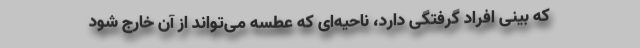
که بینی افراد گرفتگی دارد، ناحیه‌ای که عطسه می‌تواند از آن خارج شود